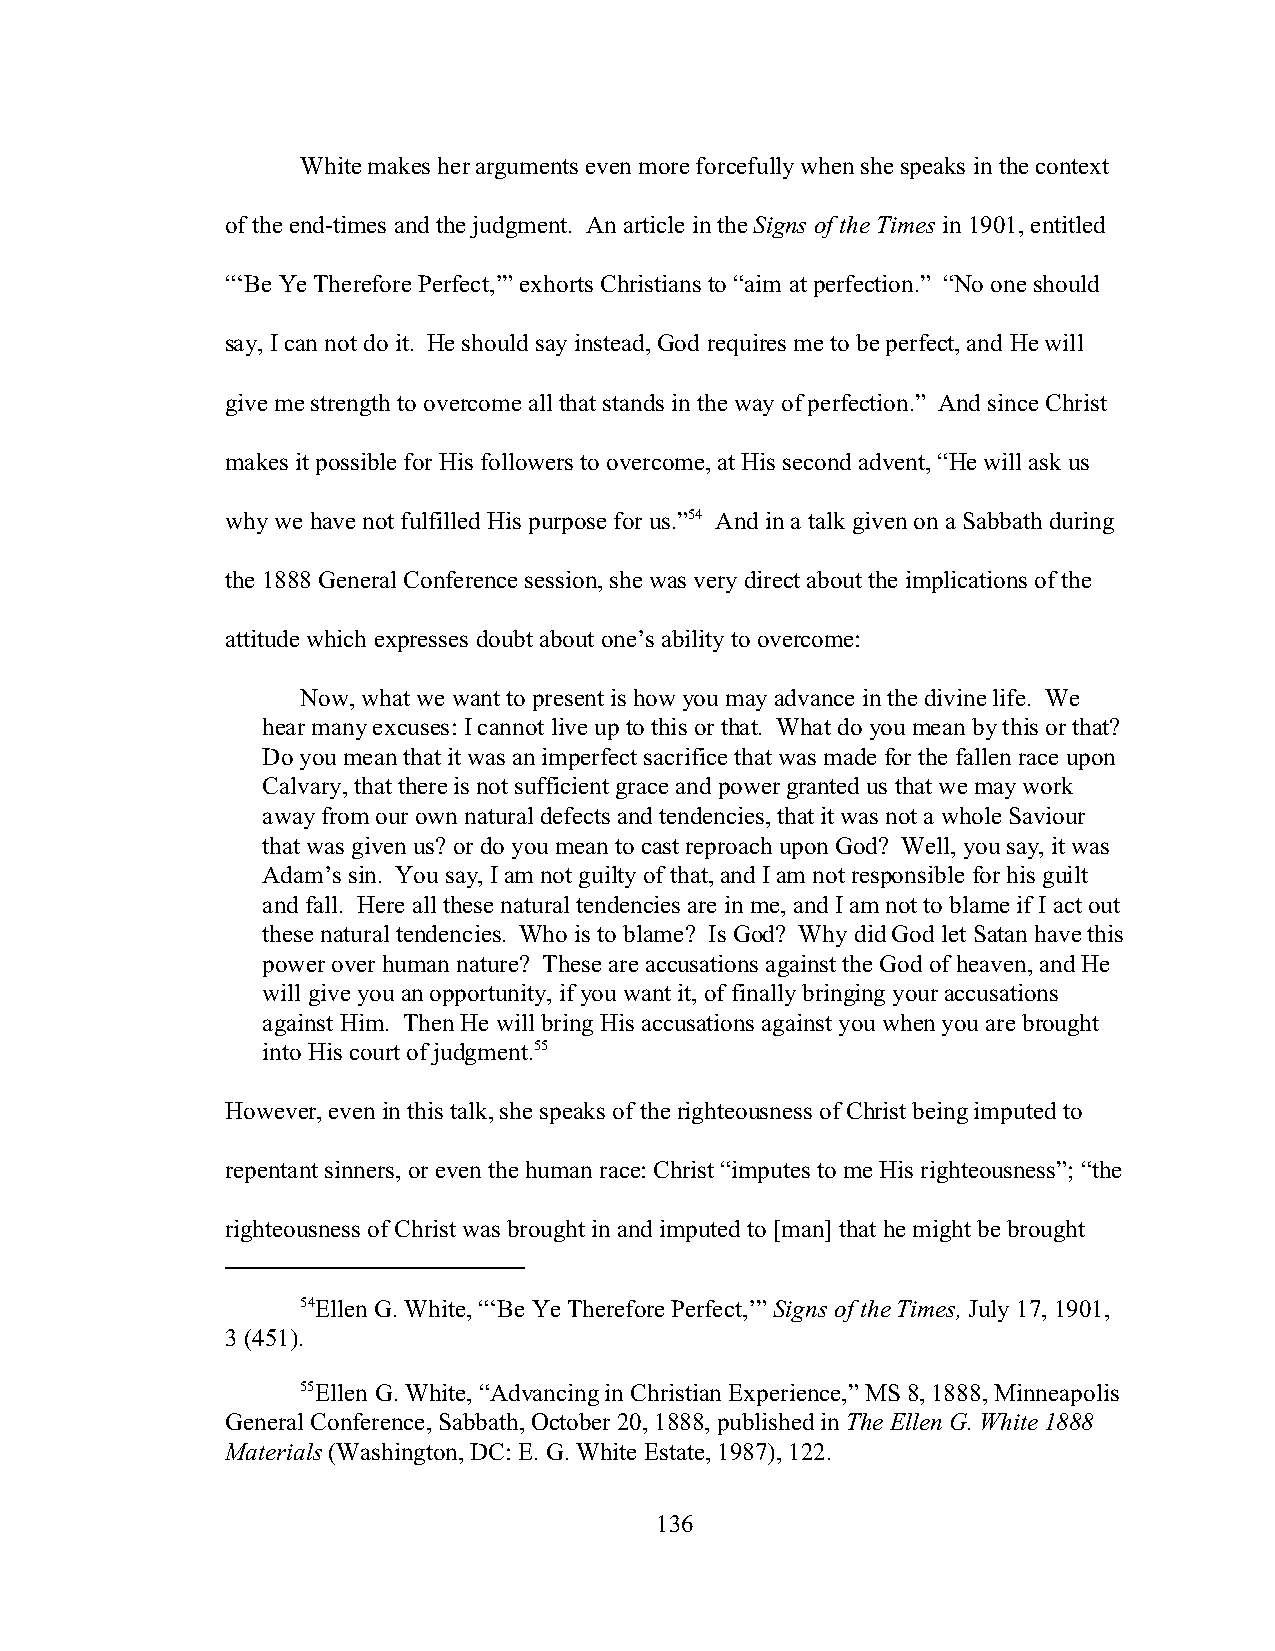
White makes her arguments even more forcefully when she speaks in the context
 of the end-times and the judgment. An article in the Signs of the Times in 1901, entitled
 “‘Be Ye Therefore Perfect,’” exhorts Christians to “aim at perfection.” “No one should
 say, I can not do it. He should say instead, God requires me to be perfect, and He will
 give me strength to overcome all that stands in the way of perfection.” And since Christ
 makes it possible for His followers to overcome, at His second advent, “He will ask us
 why we have not fulfilled His purpose for us.”54 And in a talk given on a Sabbath during
 the 1888 General Conference session, she was very direct about the implications of the
 attitude which expresses doubt about one’s ability to overcome:
 Now, what we want to present is how you may advance in the divine life. We
 hear many excuses: I cannot live up to this or that. What do you mean by this or that?
 Do you mean that it was an imperfect sacrifice that was made for the fallen race upon
 Calvary, that there is not sufficient grace and power granted us that we may work
 away from our own natural defects and tendencies, that it was not a whole Saviour
 that was given us? or do you mean to cast reproach upon God? Well, you say, it was
 Adam’s sin. You say, I am not guilty of that, and I am not responsible for his guilt
 and fall. Here all these natural tendencies are in me, and I am not to blame if I act out
 these natural tendencies. Who is to blame? Is God? Why did God let Satan have this
 power over human nature? These are accusations against the God of heaven, and He
 will give you an opportunity, if you want it, of finally bringing your accusations
 against Him. Then He will bring His accusations against you when you are brought
 into His court of judgment.55
 However, even in this talk, she speaks of the righteousness of Christ being imputed to
 repentant sinners, or even the human race: Christ “imputes to me His righteousness”; “the
 righteousness of Christ was brought in and imputed to [man] that he might be brought
 54Ellen G. White, “‘Be Ye Therefore Perfect,’” Signs of the Times, July 17, 1901,
 3 (451).
 55Ellen G. White, “Advancing in Christian Experience,” MS 8, 1888, Minneapolis
 General Conference, Sabbath, October 20, 1888, published in The Ellen G. White 1888
 Materials (Washington, DC: E. G. White Estate, 1987), 122.
 136